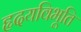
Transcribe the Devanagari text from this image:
हृदयविभूति